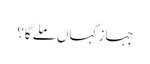
جہاز کہاں ملے گا؟